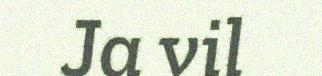
Ja vil